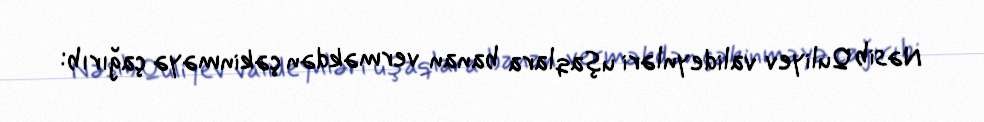
Nəsib Quliyev valideynləri uşaqlara banan verməkdən çəkinməyə çağırıb: